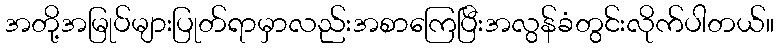
အတို့အမြုပ်များပြုတ်ရာမှာလည်းအစာကြေပြီးအလွန်ခံတွင်းလိုက်ပါတယ်။